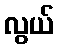
လွယ်